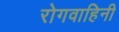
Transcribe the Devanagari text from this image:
रोगवाहिनी